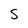
Character: S